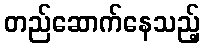
တည်ဆောက်နေသည့်